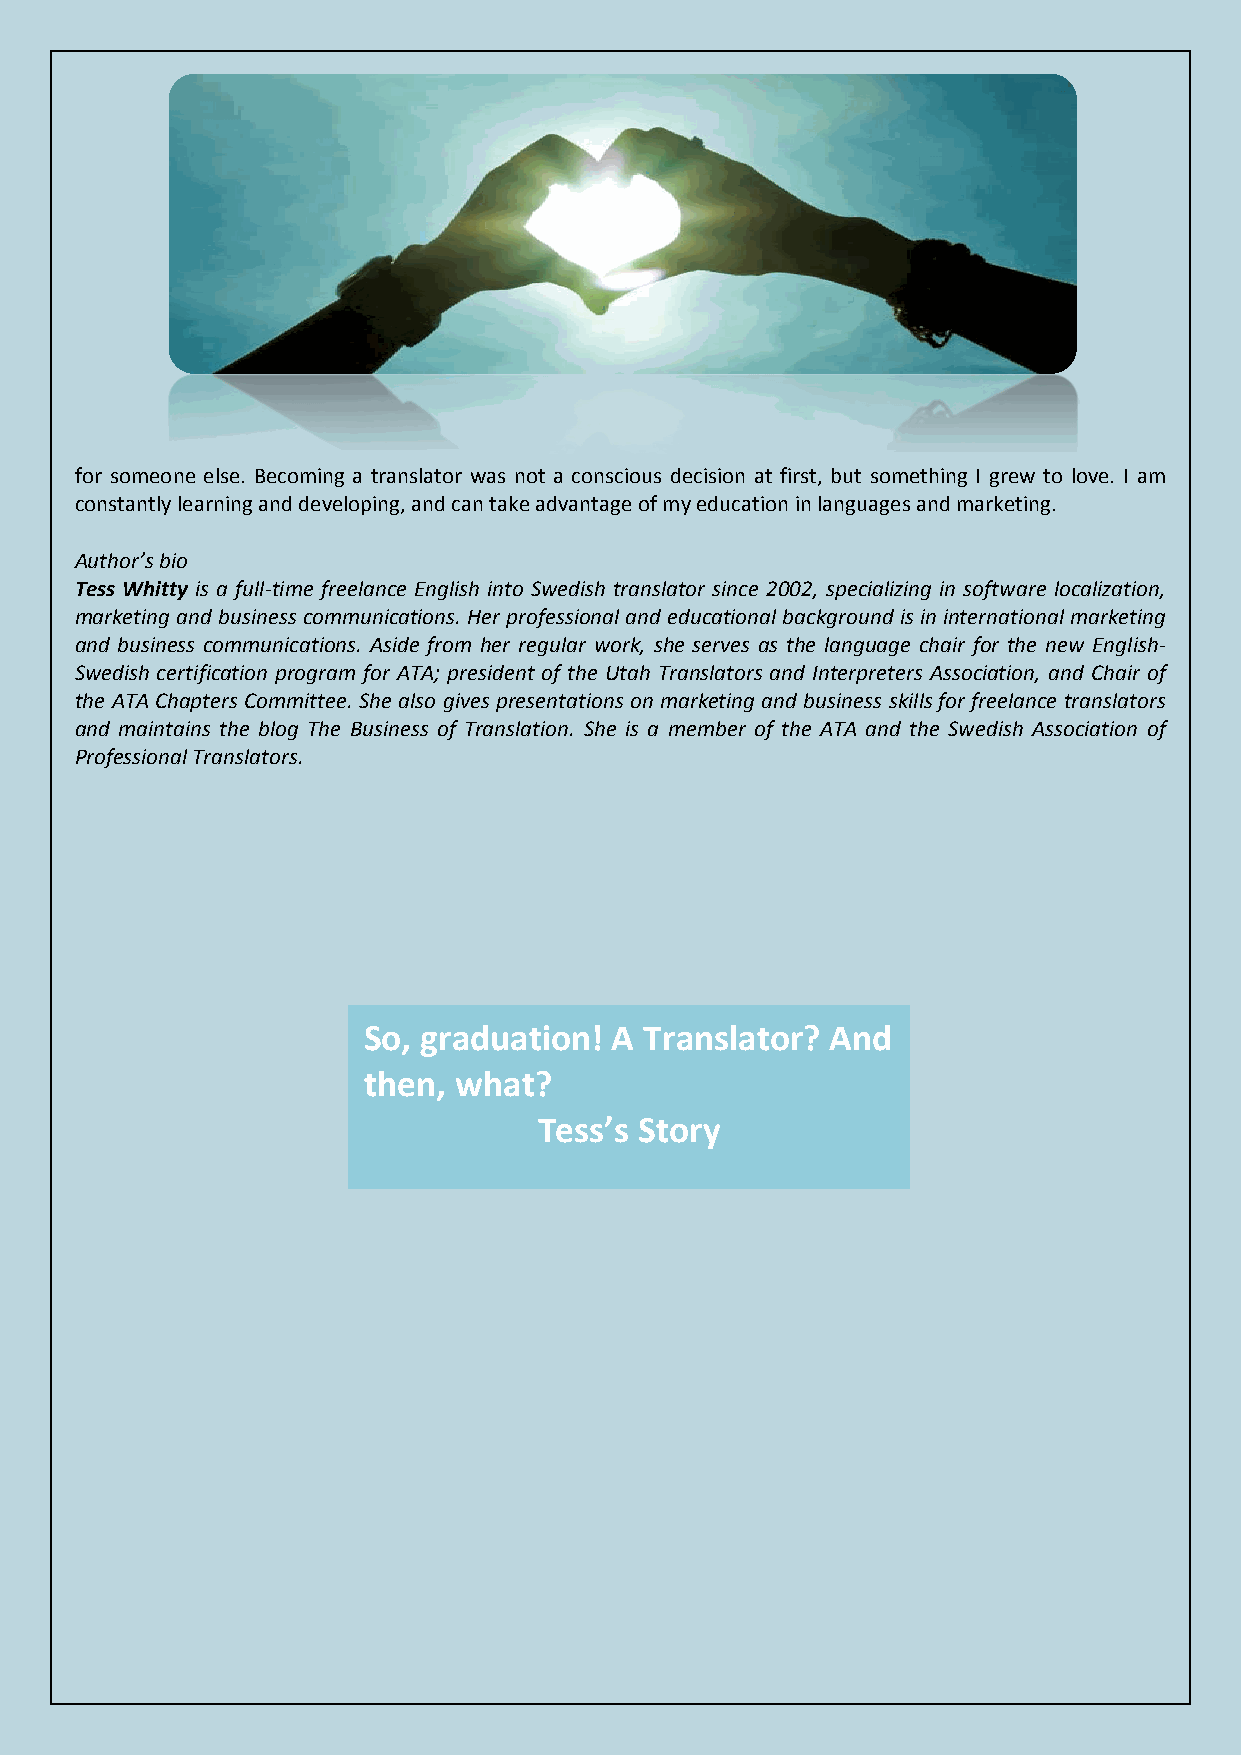
for someone else. Becoming a translator was not a conscious decision at first, but something I grew to love. I am
 constantly learning and developing, and can take advantage of my education in languages and marketing.
 Author’s bio
 Tess Whitty is a full-time freelance English into Swedish translator since 2002, specializing in software localization,
 marketing and business communications. Her professional and educational background is in international marketing
 and business communications. Aside from her regular work, she serves as the language chair for the new English-
 Swedish certification program for ATA; president of the Utah Translators and Interpreters Association, and Chair of
 the ATA Chapters Committee. She also gives presentations on marketing and business skills for freelance translators
 and maintains the blog The Business of Translation. She is a member of the ATA and the Swedish Association of
 Professional Translators.
 So, graduation!  A Translator? And
 then, what?
 Tess’s Story